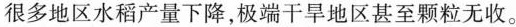
很多地区水稻产量下降，极端干旱地区甚至颗粒无收。